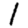
Digit: 1